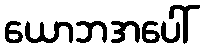
ယောဘအပေါ်